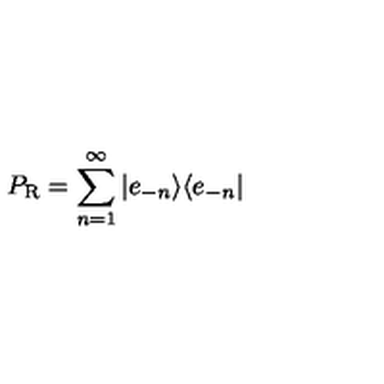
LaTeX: P _ { \mathrm { R } } = \sum _ { n = 1 } ^ { \infty } | e _ { - n } \rangle \langle e _ { - n } |